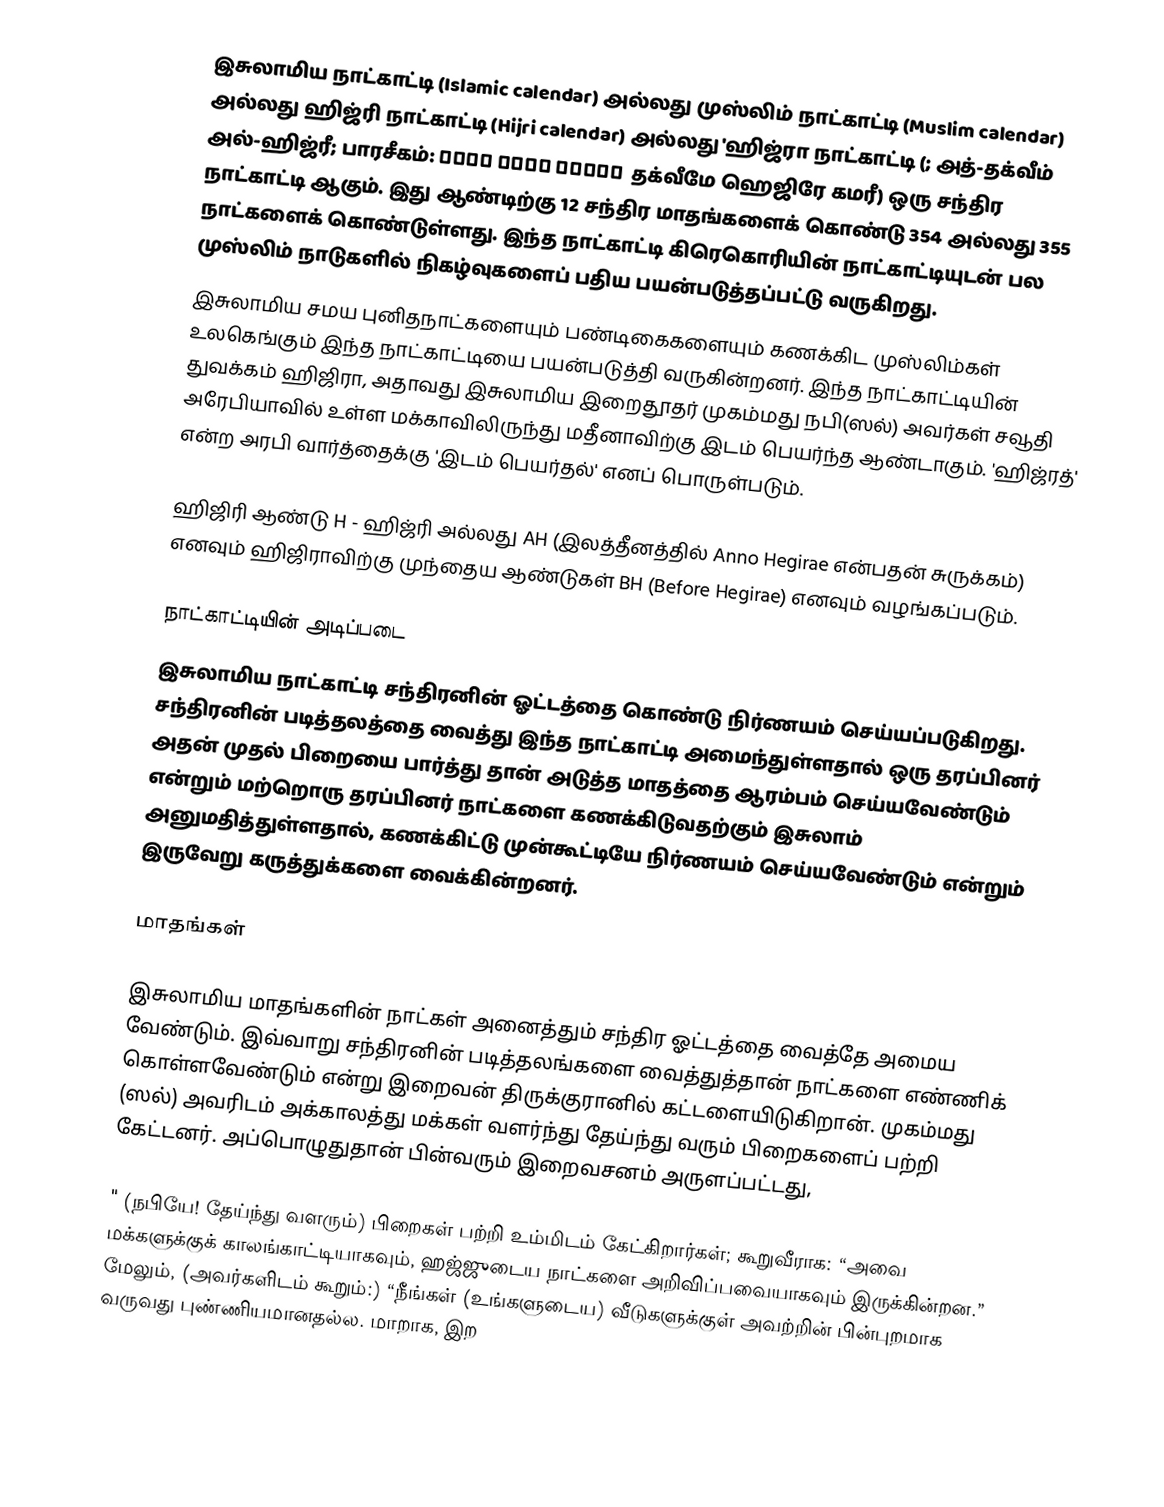
இசுலாமிய நாட்காட்டி (Islamic calendar) அல்லது முஸ்லிம் நாட்காட்டி (Muslim calendar) அல்லது ஹிஜ்ரி நாட்காட்டி (Hijri calendar) அல்லது 'ஹிஜ்ரா நாட்காட்டி (; அத்-தக்வீம் அல்-ஹிஜ்ரீ; பாரசீகம்: تقویم هجری قمری  தக்வீமே ஹெஜிரே கமரீ) ஒரு சந்திர நாட்காட்டி ஆகும். இது ஆண்டிற்கு 12 சந்திர மாதங்களைக் கொண்டு 354 அல்லது 355 நாட்களைக் கொண்டுள்ளது. இந்த நாட்காட்டி கிரெகொரியின் நாட்காட்டியுடன் பல முஸ்லிம் நாடுகளில் நிகழ்வுகளைப் பதிய  பயன்படுத்தப்பட்டு வருகிறது.
இசுலாமிய சமய புனிதநாட்களையும் பண்டிகைகளையும் கணக்கிட முஸ்லிம்கள் உலகெங்கும் இந்த நாட்காட்டியை பயன்படுத்தி வருகின்றனர். இந்த நாட்காட்டியின் துவக்கம் ஹிஜிரா, அதாவது இசுலாமிய இறைதூதர் முகம்மது நபி(ஸல்) அவர்கள் சவூதி அரேபியாவில் உள்ள மக்காவிலிருந்து மதீனாவிற்கு இடம் பெயர்ந்த ஆண்டாகும். 'ஹிஜ்ரத்' என்ற அரபி வார்த்தைக்கு 'இடம் பெயர்தல்' எனப் பொருள்படும்.

ஹிஜிரி ஆண்டு  H - ஹிஜ்ரி அல்லது AH (இலத்தீனத்தில் Anno Hegirae என்பதன் சுருக்கம்) எனவும் ஹிஜிராவிற்கு முந்தைய ஆண்டுகள் BH (Before Hegirae) எனவும் வழங்கப்படும்.

நாட்காட்டியின் அடிப்படை
இசுலாமிய நாட்காட்டி சந்திரனின் ஓட்டத்தை கொண்டு நிர்ணயம் செய்யப்படுகிறது. சந்திரனின் படித்தலத்தை வைத்து இந்த நாட்காட்டி அமைந்துள்ளதால் ஒரு தரப்பினர் அதன் முதல் பிறையை பார்த்து தான் அடுத்த மாதத்தை ஆரம்பம் செய்யவேண்டும் என்றும் மற்றொரு தரப்பினர் நாட்களை கணக்கிடுவதற்கும் இசுலாம் அனுமதித்துள்ளதால், கணக்கிட்டு முன்கூட்டியே நிர்ணயம் செய்யவேண்டும் என்றும் இருவேறு கருத்துக்களை வைக்கின்றனர்.

மாதங்கள்

இசுலாமிய மாதங்களின் நாட்கள் அனைத்தும் சந்திர ஓட்டத்தை வைத்தே அமைய வேண்டும். இவ்வாறு சந்திரனின் படித்தலங்களை வைத்துத்தான் நாட்களை எண்ணிக் கொள்ளவேண்டும் என்று இறைவன் திருக்குரானில் கட்டளையிடுகிறான். முகம்மது (ஸல்) அவரிடம் அக்காலத்து மக்கள் வளர்ந்து தேய்ந்து வரும் பிறைகளைப் பற்றி கேட்டனர். அப்பொழுதுதான் பின்வரும் இறைவசனம் அருளப்பட்டது,

" (நபியே! தேய்ந்து வளரும்) பிறைகள் பற்றி உம்மிடம் கேட்கிறார்கள்; கூறுவீராக: “அவை மக்களுக்குக் காலங்காட்டியாகவும், ஹஜ்ஜுடைய நாட்களை அறிவிப்பவையாகவும் இருக்கின்றன.” மேலும், (அவர்களிடம் கூறும்:) “நீங்கள் (உங்களுடைய) வீடுகளுக்குள் அவற்றின் பின்புறமாக வருவது புண்ணியமானதல்ல. மாறாக, இற